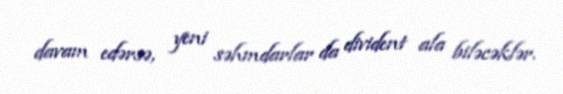
davam edərsə, yeni səhmdarlar da divident ala biləcəklər.